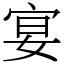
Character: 宴